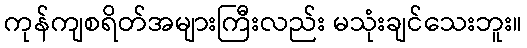
ကုန်ကျစရိတ်အများကြီးလည်း မသုံးချင်သေးဘူး။